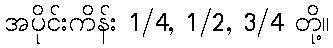
အပိုင်းကိန်း 1/4, 1/2, 3/4 တို့။